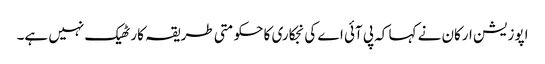
اپوزیشن ارکان نے کہا کہ پی آئی اے کی نجکاری کا حکومتی طریقہ کار ٹھیک نہیں ہے۔